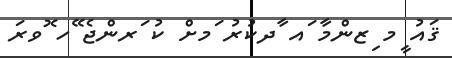
ޤައު ީމ ިޒންމާ ައ ާދކުރު ަމށް ކު ަރންޖެ ޭހ ޮވރަ